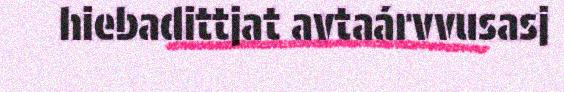
hiebadittjat avtaárvvusasj